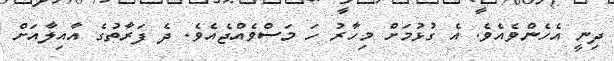
ދިނީ އެހެންވެއެވެ. އެ ގުޅުމަށް މިހާރު ހަ މަސްވެއްޖެއެވެ. ދެ ފަރާތުގެ އާއިލާއަށް